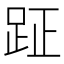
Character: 𮛐